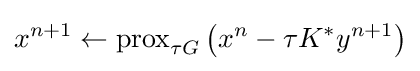
x^{n+1}\leftarrow {\text{prox}}_{\tau G}\left(x^{n}-\tau K^{*}y^{n+1}\right)